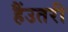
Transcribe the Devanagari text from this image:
हैंउतरी